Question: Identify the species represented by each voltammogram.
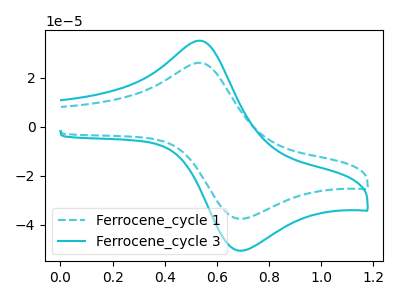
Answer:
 <answer>The cyan dashed curve is labeled "Ferrocene_cycle 1". The cyan curve is labeled "Ferrocene_cycle 3".</answer>
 <eval></eval>